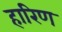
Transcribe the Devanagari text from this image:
हारिण